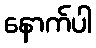
နောက်ပါ